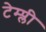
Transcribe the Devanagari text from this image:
टेम्प्ली